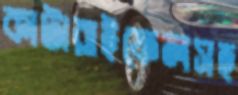
কাটারাইফেলসহ